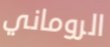
الروماني